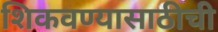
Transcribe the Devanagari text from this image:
शिकवण्यासाठीची